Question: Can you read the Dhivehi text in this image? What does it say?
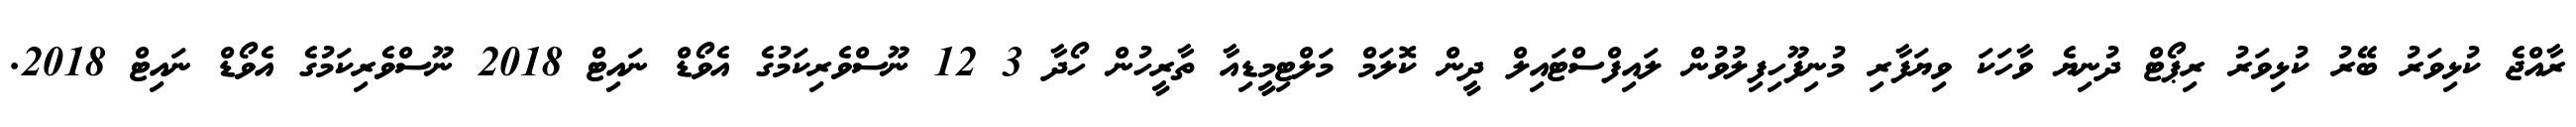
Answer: ރާއްޖެ ކުޅިވަރު ބޭރު ކުޅިވަރު ރިޕޯޓް ދުނިޔެ ވާހަކަ ވިޔަފާރި މުނިފޫހިފިލުވުން ލައިފްސްޓައިލް ދީން ކޮލަމް މަލްޓިމީޑިއާ ތާރީހުން ހޯދާ 3 12 ނޫސްވެރިކަމުގެ އެވޯޑް ނައިޓް 2018 ނޫސްވެރިކަމުގެ އެވޯޑް ނައިޓް 2018.